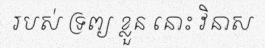
របស់ ទ្រព្យ ខ្លួន នោះ វិនាស